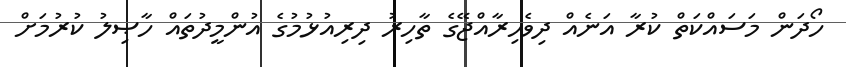
ހޯދަން މަސައްކަތް ކުރާ އަނެއް ދިވެހިރާއްޖޭގެ ތާހިރު ދިރިއުޅުމުގެ އުންމީދުތައް ހާޞިލު ކުރުމަށް